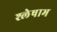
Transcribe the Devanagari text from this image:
श्लेषाभ